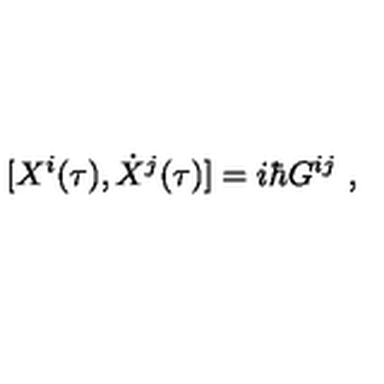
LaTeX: [ X ^ { i } ( \tau ) , \dot { X } ^ { j } ( \tau ) ] = i \hbar G ^ { i j } \ ,